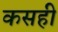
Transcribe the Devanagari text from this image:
कसही